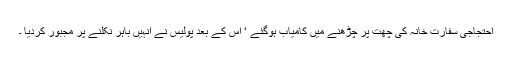
احتجاجی سفارت خانہ کی چھت پر چڑھنے میں کامیاب ہوگئے ‘ اس کے بعد پولیس نے انہیں باہر نکلنے پر مجبور کردیا ۔